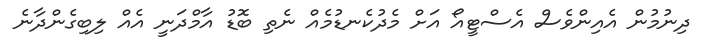
ދިނުމުން އެއިންވެސް އެސްޓީއޯ އަށް މެދުކެނޑުމެއް ނެތި ބޮޑު އާމްދަނީ އެއް ލިބިގެންދާނެ